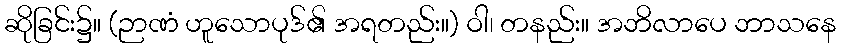
ဆိုခြင်း၌။ (ဉာဏံ ဟူသောပုဒ်၏ အရတည်း။) ဝါ၊ တနည်း။ အဘိလာပေ ဘာသနေ